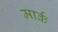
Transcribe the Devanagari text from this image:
मार्कं